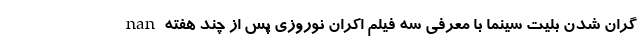
nan گران شدن بلیت سینما با معرفی سه فیلم اکران نوروزی پس از چند هفته